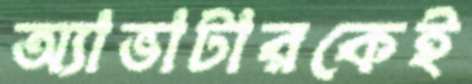
অ্যাভাটারকেই